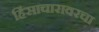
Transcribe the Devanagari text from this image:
हिंसाचारावरचा